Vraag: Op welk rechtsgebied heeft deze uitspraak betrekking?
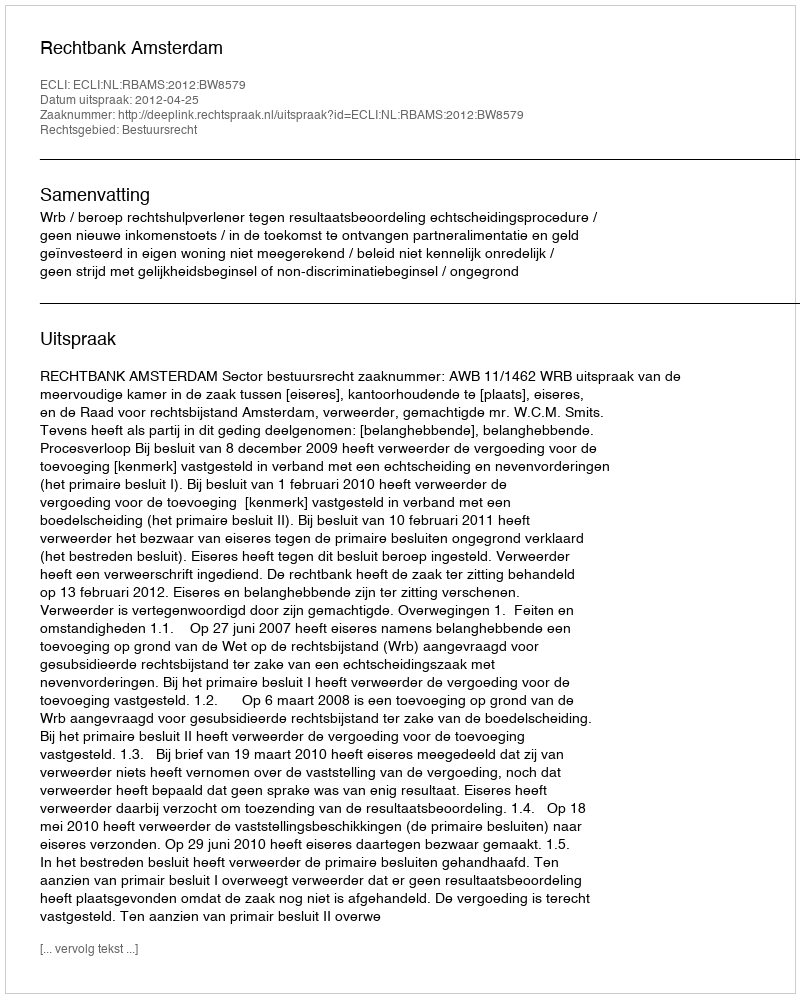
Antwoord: Bestuursrecht